Scottish Leaving Certificate Examination, 1951
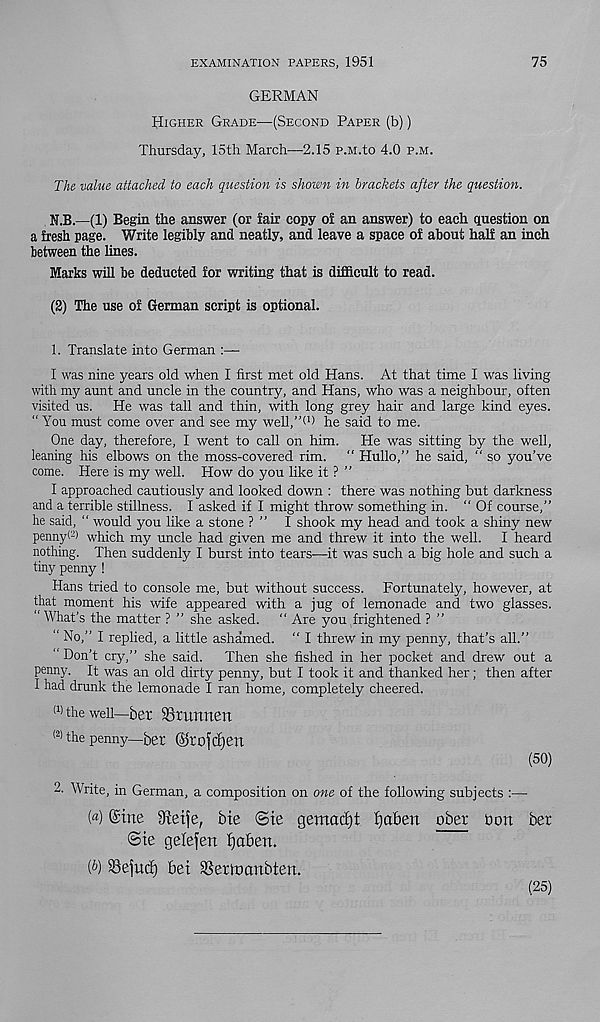
EXAMINATION PAPERS, 1951
75
GERMAN
Higher Grade—(Second Paper (b))
Thursday, 15th March—2.15 p.M.to 4.0 p.m.
The value attached to each question is shown in brackets after the question.
N.B.—(1) Begin the answer (or fair copy of an answer) to each question on
a fresh page. Write legibly and neatly, and leave a space of about half an inch
between the lines.
Marks will be deducted for writing that is difficult to read.
(2) The use of German script is optional.
1. Translate into German :—■
I was nine years old when I first met old Hans. At that time I was living
with my aunt and uncle in the country, and Hans, who was a neighbour, often
visited us. He was tall and thin, with long grey hair and large kind eyes.
" You must come over and see my well,”d) he said to me.
One day, therefore, I went to call on him. He was sitting by the well,
leaning his elbows on the moss-covered rim. “ Hullo,” he said, “ so you’ve
come. Here is my well. How do you like it ? ”
I approached cautiously and looked down : there was nothing but darkness
and a terrible stillness. I asked if I might throw something in. “ Of course,”
he said, “ would you like a stone ? ” I shook my head and took a shiny new
penny® which my uncle had given me and threw it into the well. I heard
nothing. Then suddenly I burst into tears—it was such a big hole and such a
tiny penny !
Hans tried to console me, but without success. Fortunately, however, at
that moment his wife appeared with a jug of lemonade and two glasses.
“ What’s the matter ? ” she asked. “ Are you frightened ? ”
“ No,” I replied, a little ashamed. “ I threw in my penny, that’s all.”
“ Don’t cry,” she said. Then she fished in her pocket and drew out a
penny. It was an old dirty penny, but I took it and thanked her; then after
I had drunk the lemonade I ran home, completely cheered.
(1) the well—ber SSrunnen
(2 > the penny—her @tofd)etl
(50)
2. Write, in German, a composition on one of the following subjects :—
(«) @ine
Me ©ie gemad)t fyaben ober bon ber
©te gelefen fjaben.
(&) SSefud) bet SSertnanbten.
(25)